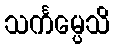
သင်္ကမ္ပေသိ